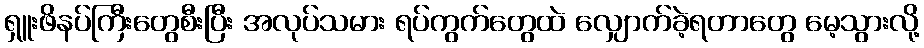
ရှူးဖိနပ်ကြီးတွေစီးပြီး အလုပ်သမား ရပ်ကွက်တွေထဲ လျှောက်ခဲ့ရတာတွေ မေ့သွားလို့